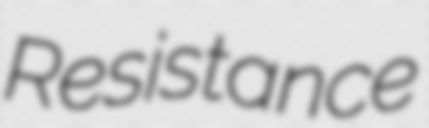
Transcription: Resistance